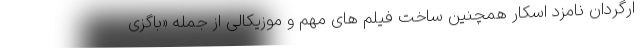
ارگردان نامزد اسکار همچنین ساخت فیلم های مهم و موزیکالی از جمله «باگزی